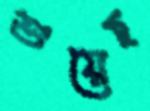
শুয়েছ